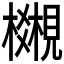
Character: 𧢎